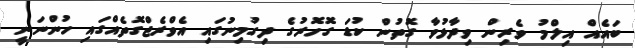
ބައެއް އިލްމު ވެރިން ވިދާޅުވާ ގޮތުން ކުޑަ ގޮހޮރުގެ ދިގުމިނުގައި އެވްރެޖްގޮތެއްގައި ހުންނަނީ